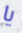
يا